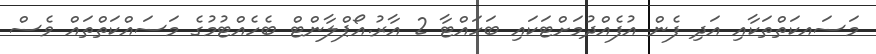
މަސައކަތްތަކާއި އަދި ފެން އުފެއްދުމަށްޓަކައި ބަހައްޓާ 2 އާރު.އޯޕްލާންޓް ބެހެއްޓުމުގެ މަސައްކަތްތައް ވެސް